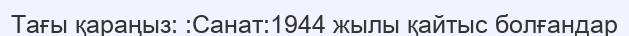
Тағы қараңыз: :Санат:1944 жылы қайтыс болғандар